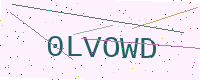
Text: 0LVOWD